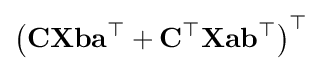
\left(\mathbf {C} \mathbf {X} \mathbf {b} \mathbf {a} ^{\top }+\mathbf {C} ^{\top }\mathbf {X} \mathbf {a} \mathbf {b} ^{\top }\right)^{\top }